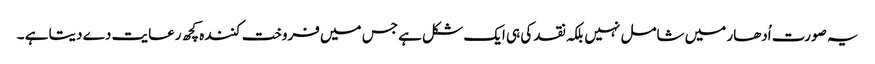
یہ صورت اُدھار میں شامل نہیں بلکہ نقد کی ہی ایک شکل ہے جس میں فروخت کنندہ کچھ رعایت دے دیتا ہے ۔